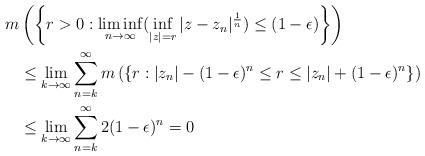
LaTeX: \begin{align*}m&\left(\left\{r>0 :\liminf\limits_{n \rightarrow \infty}(\inf\limits_{|z|=r}|z-z_n|^\frac{1}{n}) \leq (1-\epsilon)\right\}\right)\\ & \leq \lim\limits_{k\rightarrow \infty } \sum_{n=k}^{\infty}m\left(\left\{r:|z_n|-(1-\epsilon)^{n} \leq r \leq |z_n|+(1-\epsilon)^n\right\}\right)\\& \leq \lim\limits_{k \rightarrow \infty } \sum_{n=k}^{\infty} 2(1-\epsilon)^n = 0\end{align*}